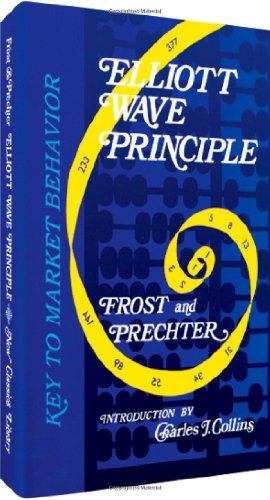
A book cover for Elliott Wave Principle: Key To Market Behavior; A.J. Frost; Business & Money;